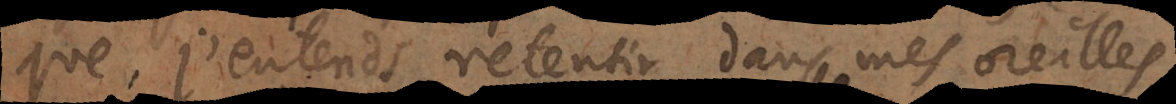
que j’entends retentir dans mes oreilles